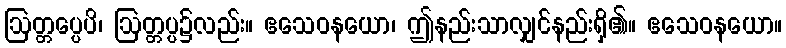
ဩတ္တပ္ပေပိ၊ ဩတ္တပ္ပ၌လည်း။ ဧသေဝနယော၊ ဤနည်းသာလျှင်နည်းရှိ၏။ ဧသေဝနယော။